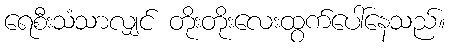
ရေစီးသံသာလျှင် တိုးတိုးလေးထွက်ပေါ်နေသည်။